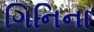
ગિનિના